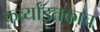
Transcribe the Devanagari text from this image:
कर्व्यांइतकाच